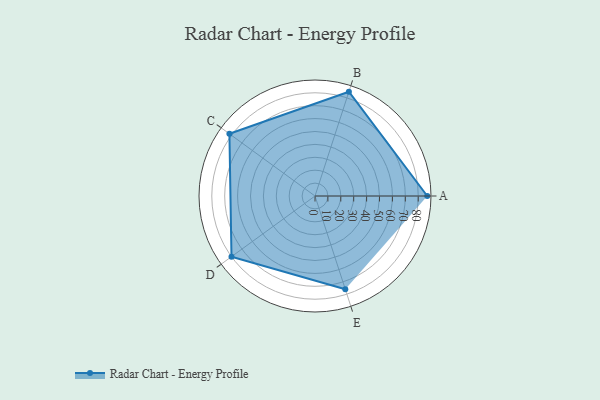
{"axis": {"x": "Skill", "y": "Score"}, "legend": ["Profile"], "data": [{"x": "A", "y": 87.0, "type": "Profile"}, {"x": "B", "y": 85.0, "type": "Profile"}, {"x": "C", "y": 82.0, "type": "Profile"}, {"x": "D", "y": 80.0, "type": "Profile"}, {"x": "E", "y": 76.0, "type": "Profile"}]}